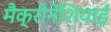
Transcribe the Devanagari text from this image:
मैक्रोनेशियाई